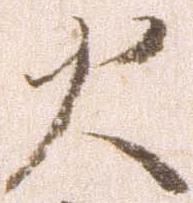
火